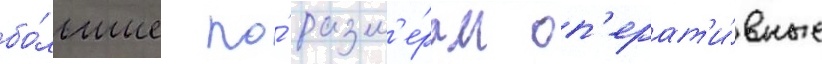
бо́льшие по́ разм'е́рам оп'ерат'и́вные